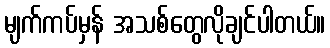
မျက်ကပ်မှန် အသစ်တွေလိုချင်ပါတယ်။